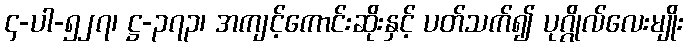
၄-ပါ-၅၂၇၊ ဋ္ဌ-၃၇၃၊ အကျင့်ကောင်းဆိုးနှင့် ပတ်သက်၍ ပုဂ္ဂိုလ်လေးမျိုး